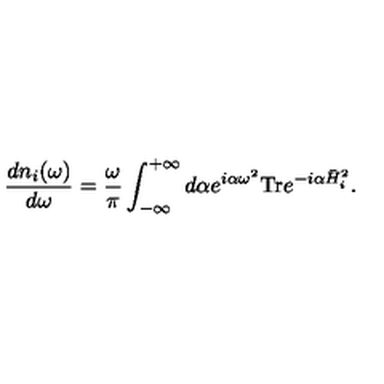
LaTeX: { \frac { d n _ { i } ( \omega ) } { d \omega } } = { \frac { \omega } { \pi } } \int _ { - \infty } ^ { + \infty } d \alpha e ^ { i \alpha \omega ^ { 2 } } \mathrm { T r } e ^ { - i \alpha \bar { H } _ { i } ^ { 2 } } .